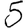
Digit: 5